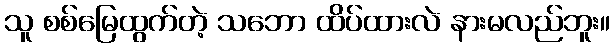
သူ စစ်မြေထွက်တဲ့ သဘော ထိပ်ထားလဲ နားမလည်ဘူး။